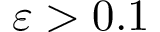
\varepsilon > 0 . 1